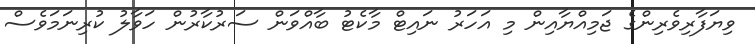
ވިޔަފާރިވެރިންގެ ޖަމިއްޔާއިން މި އަހަރު ނައިޓް މާކެޓު ބާއްވަން ސަރުކާރުން ހަވާލު ކުރިނަމަވެސް